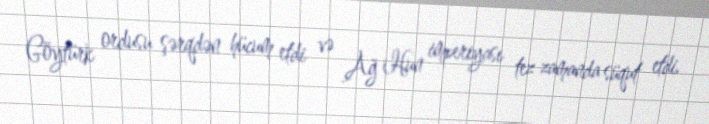
Göytürk ordusu şərqdən hücum etdi və Ağ Hun imperiyası tez zamanda süqut etdi.